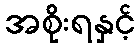
အစိုးရနှင့်